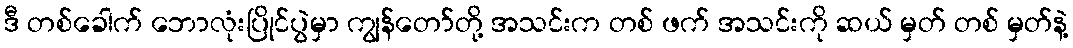
ဒီ တစ်ခေါက် ဘောလုံးပြိုင်ပွဲမှာ ကျွန်တော်တို့ အသင်းက တစ် ဖက် အသင်းကို ဆယ် မှတ် တစ် မှတ်နဲ့